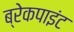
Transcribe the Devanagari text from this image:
ब्रेकपाइंट